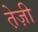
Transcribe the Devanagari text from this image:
ते़ज़ी